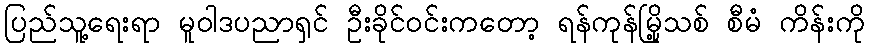
ပြည်သူ့ရေးရာ မူဝါဒပညာရှင် ဦးခိုင်ဝင်းကတော့ ရန်ကုန်မြို့သစ် စီမံ ကိန်းကို